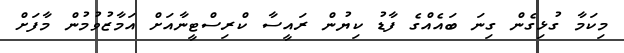
މިކަމާ ގުޅިގެން ގިނަ ބައެއްގެ ފާޑު ކިޔުން ރައީސާ ކްރިސްޓީނާއަށް އަމާޒުވުމުން މާފަށް